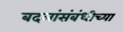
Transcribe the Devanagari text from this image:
बदलांसंबंधीच्या